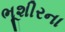
ભૂશીરના